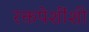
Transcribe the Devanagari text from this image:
रक्तपेशींशी